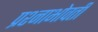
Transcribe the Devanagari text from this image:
प्रश्नाभोवती